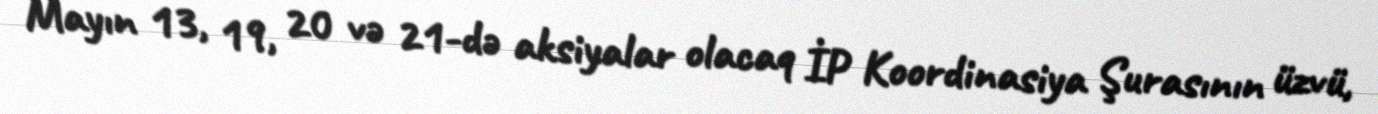
Mayın 13, 19, 20 və 21-də aksiyalar olacaq İP Koordinasiya Şurasının üzvü,